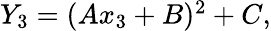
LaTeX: \begin{array}{r}{Y_{3}=(Ax_{3}+B)^{2}+C,}\end{array}